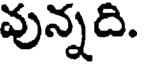
వున్నది.